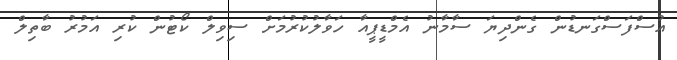
އުސްފަސްގަނޑުން ގެންދިޔަ ސާމާނު އެމްޑީޕީއާ ހަވާލުކުރުމަށް ސިވިލް ކޯޓުން ކުރި އަމުރު ބާތިލް